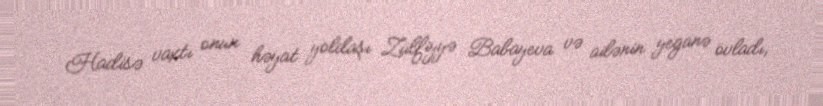
Hadisə vaxtı onun həyat yoldaşı Zülfiyyə Babayeva və ailənin yeganə övladı,